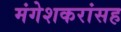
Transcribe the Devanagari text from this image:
मंगेशकरांसह